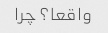
واقعا؟ چرا